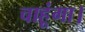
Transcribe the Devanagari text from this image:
चाहूंगा।